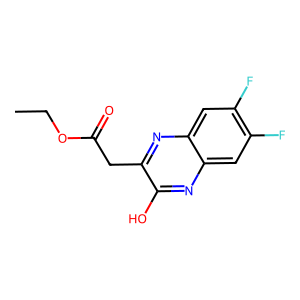
SMILES: CCOC(=O)Cc1nc2cc(F)c(F)cc2nc1O
Inhibits HIV replication: No